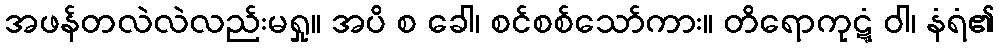
အဖန်တလဲလဲလည်းမရှု။ အပိ စ ခေါ၊ စင်စစ်သော်ကား။ တိရောကုဋ္ဋံ ဝါ၊ နံရံ၏